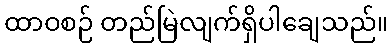
ထာဝစဉ် တည်မြဲလျက်ရှိပါချေသည်။